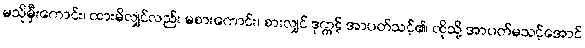
မသိုမှီးကောင်း၊ ထားမိလျှင်လည်း မစားကောင်း၊ စားလျှင် ဒုက္ကဋ် အာပတ်သင့်၏၊ ထိုသို့ အာပတ်မသင့်အောင်